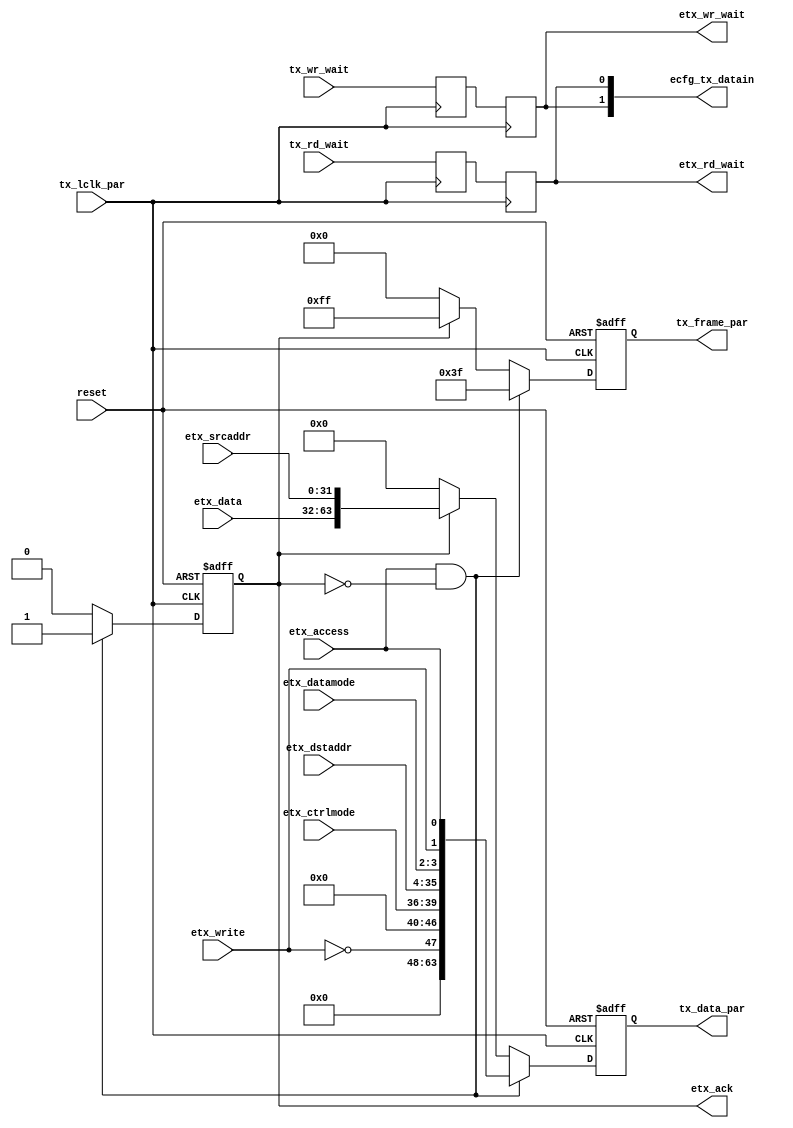
module etx_protocol (/*AUTOARG*/
   // Outputs
   etx_rd_wait, etx_wr_wait, etx_ack, tx_frame_par, tx_data_par,
   ecfg_tx_datain,
   // Inputs
   reset, etx_access, etx_write, etx_datamode, etx_ctrlmode,
   etx_dstaddr, etx_srcaddr, etx_data, tx_lclk_par, tx_rd_wait,
   tx_wr_wait
   );

   // System reset input
   input         reset;

   // Input from TX Arbiter
   input         etx_access;
   input         etx_write;
   input [1:0]   etx_datamode;
   input [3:0]   etx_ctrlmode;
   input [31:0]  etx_dstaddr;
   input [31:0]  etx_srcaddr;
   input [31:0]  etx_data;
   output        etx_rd_wait;
   output        etx_wr_wait;
   output        etx_ack;
   
   // Parallel interface, 8 eLink bytes at a time
   input         tx_lclk_par; // Parallel-rate clock from eClock block
   output [7:0]  tx_frame_par;
   output [63:0] tx_data_par;
   input         tx_rd_wait;  // The wait signals are passed through
   input         tx_wr_wait;  // to the emesh interfaces

   //Debug/gpio signals
   output [1:0]  ecfg_tx_datain; // {wr_wait, rd_wait}
   
   //############
   //# Local regs & wires
   //############
   reg           etx_ack;  // Acknowledge transaction
   reg [7:0]     tx_frame_par;
   reg [63:0]    tx_data_par;
   
   //############
   //# Logic
   //############

   // TODO: Bursts

   always @( posedge tx_lclk_par or posedge reset ) 
     begin
	if(reset) 
	  begin	     
             etx_ack          <= 1'b0;
             tx_frame_par[7:0] <= 8'd0;
             tx_data_par[63:0] <= 64'd0;	     
	  end 
	else 
	  begin
             if( etx_access & ~etx_ack ) 
	       begin
		  etx_ack  <= 1'b1;
		  tx_frame_par[7:0] <= 8'h3F;
		  tx_data_par[63:0]  <= {8'd0,  // Not used
					 8'd0,
					 ~etx_write, 7'd0, // B0-TODO: For bursts, add the inc bit
					 etx_ctrlmode[3:0], etx_dstaddr[31:28], // B1
					 etx_dstaddr[27:4],  // B2, B3, B4
					 etx_dstaddr[3:0], etx_datamode[1:0], etx_write, etx_access // B5
				   };
               end 
	     else if( etx_ack ) 
	       begin
		  etx_ack  <= 1'b0;
		  tx_frame_par[7:0] <= 8'hFF;
		  tx_data_par[63:0]  <= { etx_data[31:0], etx_srcaddr[31:0]};   
               end 
	     else 
	       begin
		  etx_ack    <= 1'b0;
		  tx_frame_par[7:0] <= 8'h00;
		  tx_data_par[63:0]  <= 64'd0;
               end
	  end // else: !if(reset)	
     end // always @ ( posedge txlclk_p or posedge reset )
   
   
   //#############################
   //# Wait signals
   //#############################

   reg     rd_wait_sync;
   reg     wr_wait_sync;
   reg     etx_rd_wait;
   reg     etx_wr_wait;
   
   always @ (posedge tx_lclk_par) 
     begin
	rd_wait_sync <= tx_rd_wait;
	etx_rd_wait <= rd_wait_sync;
	wr_wait_sync <= tx_wr_wait;
	etx_wr_wait <= wr_wait_sync;
     end

   assign ecfg_tx_datain[1:0] = {etx_wr_wait,
				 etx_rd_wait};
   
endmodule